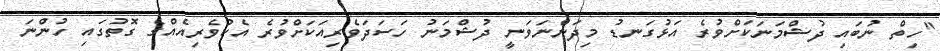
"ހިތް ނުބައި ދުޝްމަނަކަށްވުރެ އަޅުގަނޑު މިދަންނަވަނީ ދުޝްމަނު ހަސަދަވެރިއަކަށްވުރެ އެކުވެރިއެއްގެ ގޮތުގައި ހުންނަ